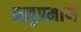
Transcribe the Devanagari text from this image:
ऋतुप्रमाणे